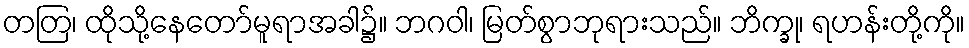
တတြ၊ ထိုသို့နေတော်မူရာအခါ၌။ ဘဂဝါ၊ မြတ်စွာဘုရားသည်။ ဘိက္ခု၊ ရဟန်းတို့ကို။